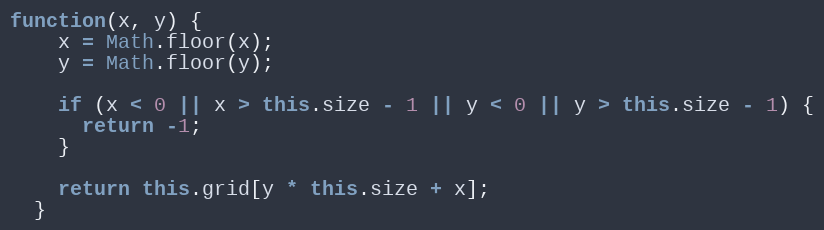
Language: JavaScript
function(x, y) {
    x = Math.floor(x);
    y = Math.floor(y);

    if (x < 0 || x > this.size - 1 || y < 0 || y > this.size - 1) {
      return -1;
    }

    return this.grid[y * this.size + x];
  }